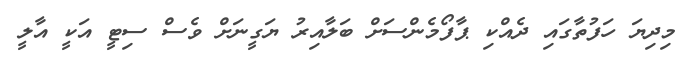
މިދިޔަ ހަފުތާގައި ދެއްކި ޕާފޯމެންސަށް ބަލާއިރު ޔަގީނަށް ވެސް ސިޓީ އަކީ އާލީ